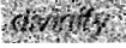
divinify